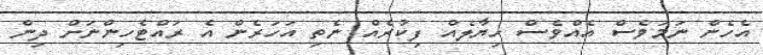
އެހެން ނަމަވެސް އެއްވެސް ހިޔާލެއް ފިކުރެއް ނެތި އަހަރެން އެ ރައްޓެހިންނަށް ދިން